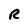
Character: R